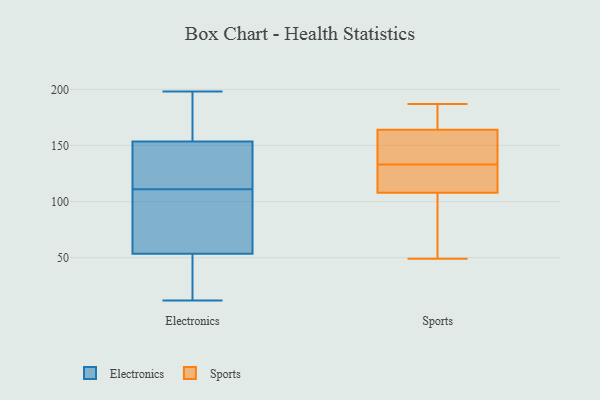
{"axis": {"x": "Humidity (%)", "y": "Value"}, "legend": ["Electronics", "Sports"], "data": [{"x": "", "y": 187, "type": "Electronics"}, {"x": "", "y": 198, "type": "Electronics"}, {"x": "", "y": 111, "type": "Electronics"}, {"x": "", "y": 49, "type": "Electronics"}, {"x": "", "y": 42, "type": "Electronics"}, {"x": "", "y": 139, "type": "Electronics"}, {"x": "", "y": 40, "type": "Electronics"}, {"x": "", "y": 128, "type": "Electronics"}, {"x": "", "y": 67, "type": "Electronics"}, {"x": "", "y": 152, "type": "Electronics"}, {"x": "", "y": 32, "type": "Electronics"}, {"x": "", "y": 154, "type": "Electronics"}, {"x": "", "y": 102, "type": "Electronics"}, {"x": "", "y": 12, "type": "Electronics"}, {"x": "", "y": 165, "type": "Electronics"}, {"x": "", "y": 147, "type": "Electronics"}, {"x": "", "y": 84, "type": "Electronics"}, {"x": "", "y": 197, "type": "Electronics"}, {"x": "", "y": 104, "type": "Electronics"}, {"x": "", "y": 117, "type": "Sports"}, {"x": "", "y": 148, "type": "Sports"}, {"x": "", "y": 164, "type": "Sports"}, {"x": "", "y": 185, "type": "Sports"}, {"x": "", "y": 118, "type": "Sports"}, {"x": "", "y": 49, "type": "Sports"}, {"x": "", "y": 108, "type": "Sports"}, {"x": "", "y": 187, "type": "Sports"}, {"x": "", "y": 162, "type": "Sports"}, {"x": "", "y": 101, "type": "Sports"}]}